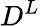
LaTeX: D^{L}